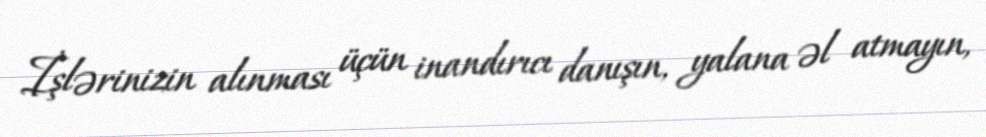
İşlərinizin alınması üçün inandırıcı danışın, yalana əl atmayın,